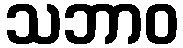
သဘာဝ